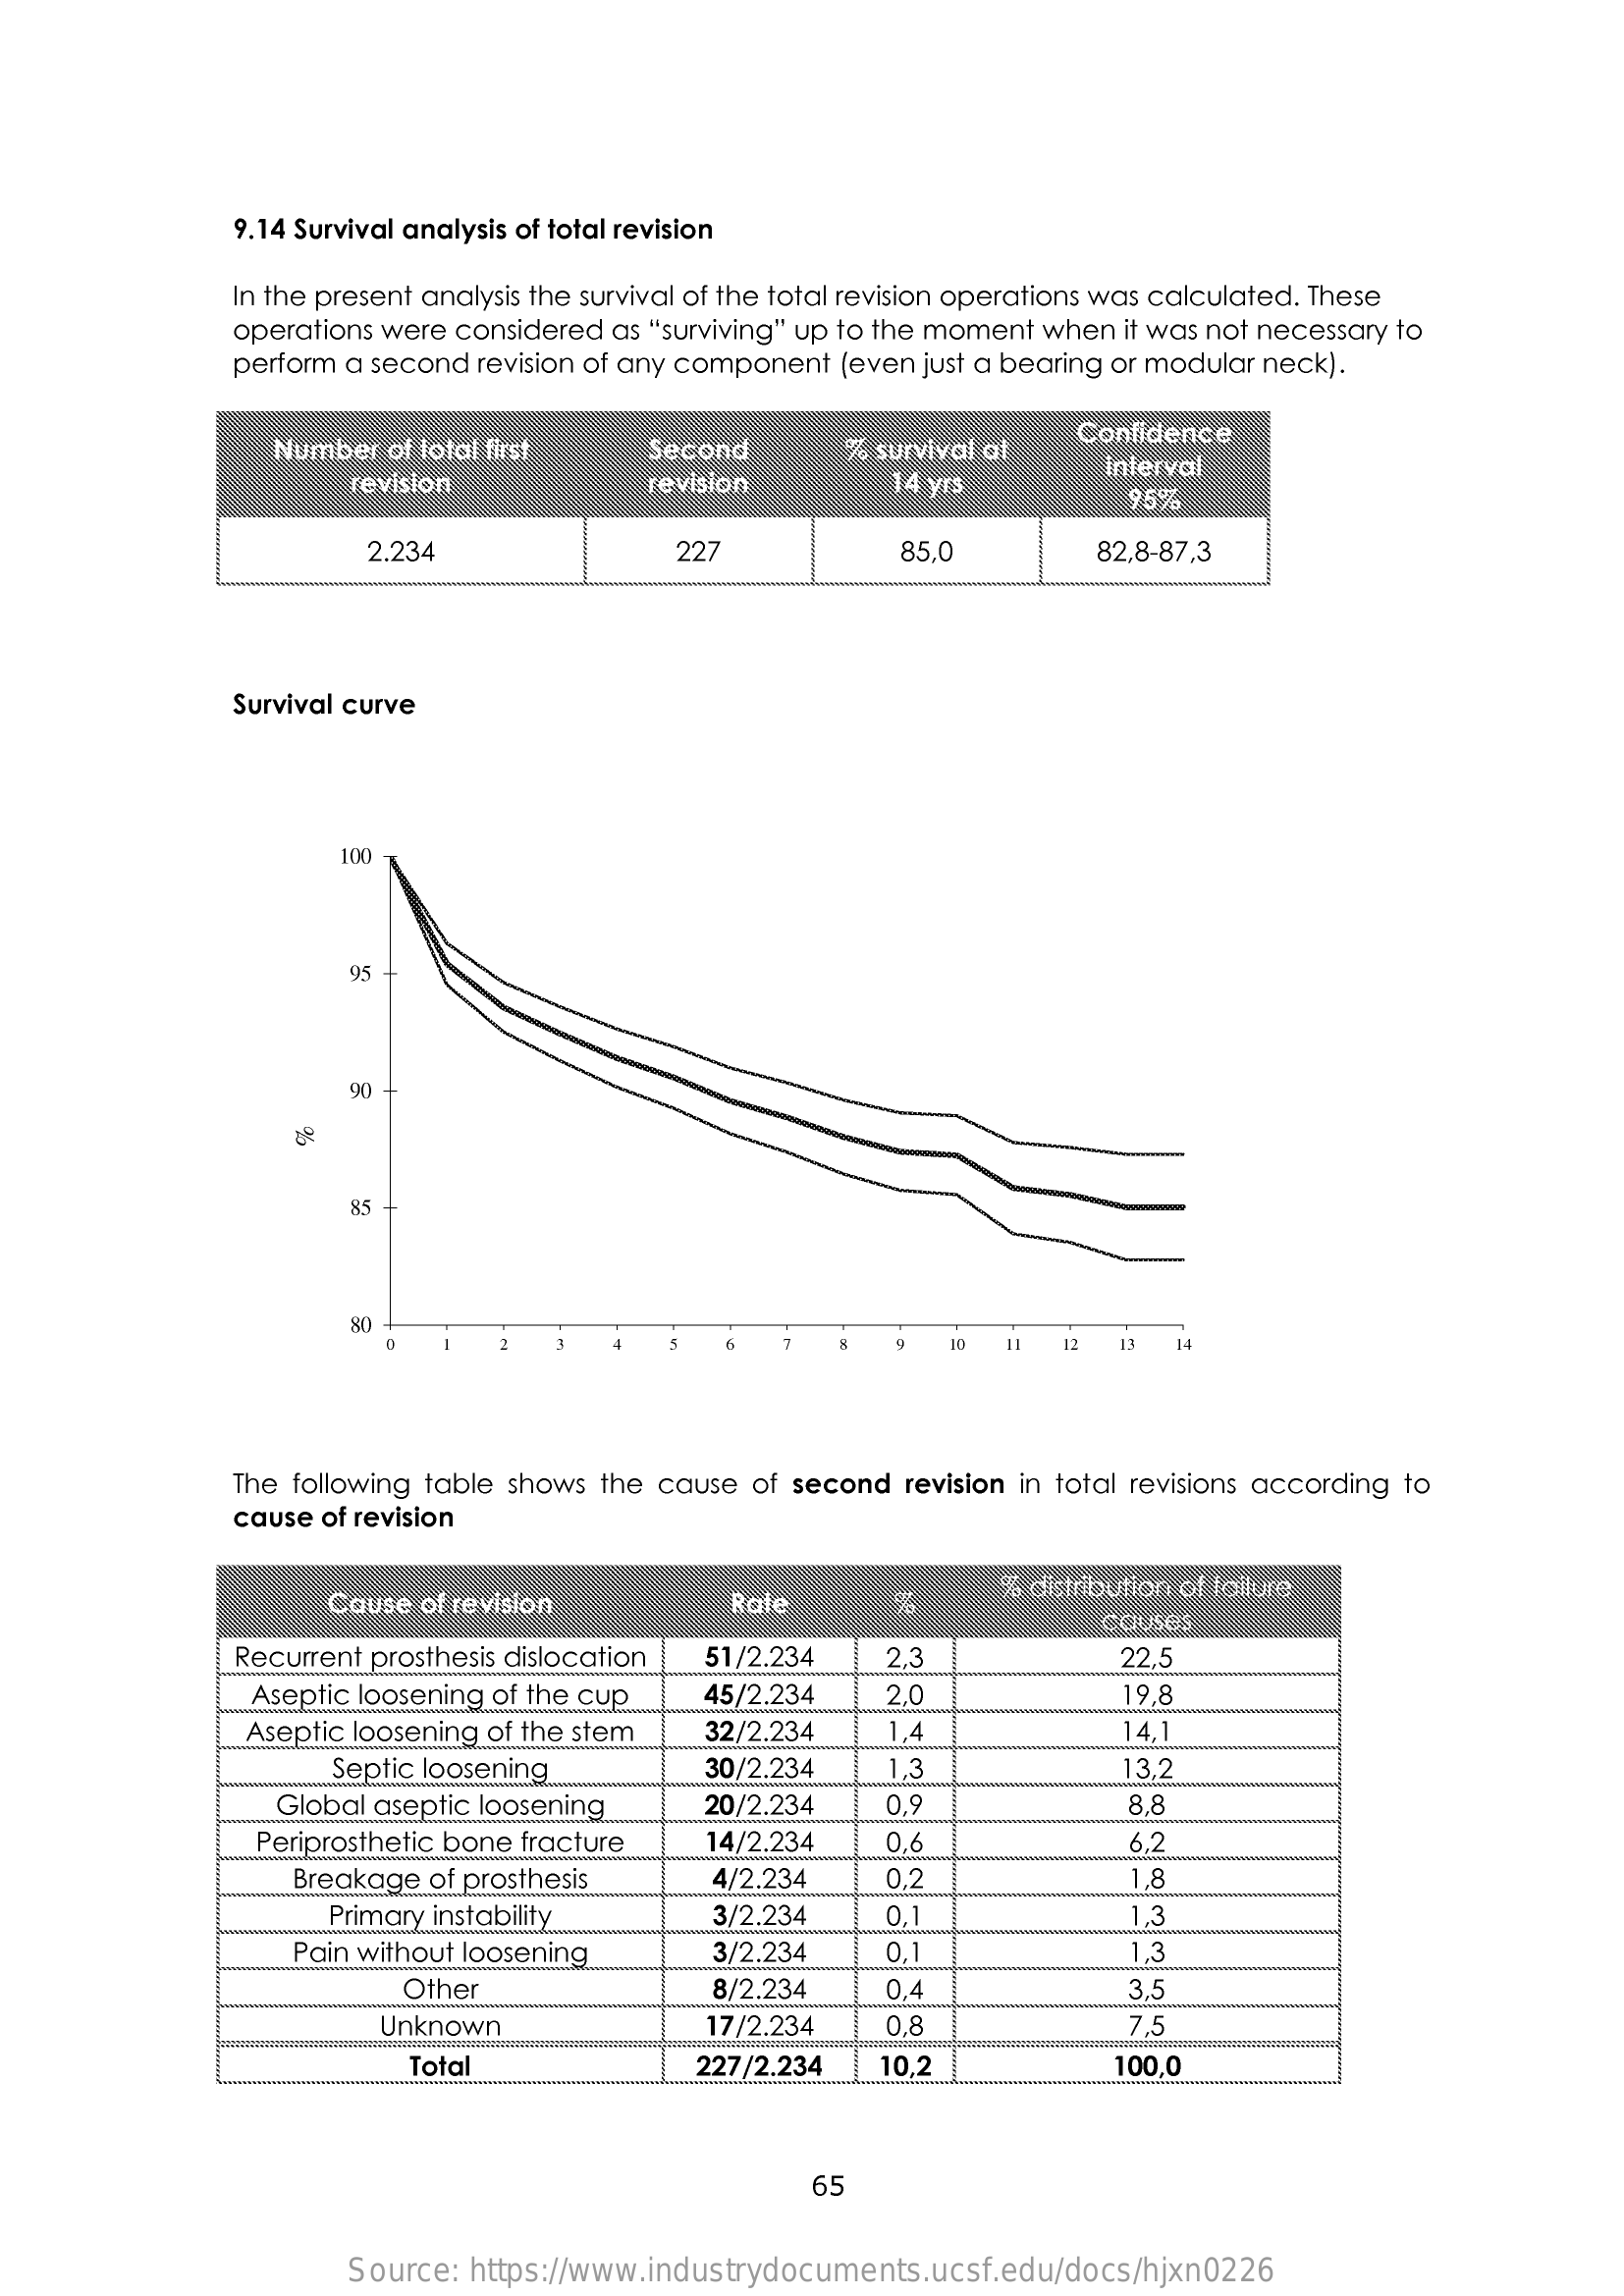
9.14 Survival analysis of total revision
     In the present analysis the survival of the total revision operations was calculated. These
     operations were considered as "surviving" up to the moment when it was not necessary to
     perform a second revision of any component (even just a bearing or modular neck).
     Number of total first    Second    % survival at  Confidence
     revision    revision    14 yrs
     interval
     95%
     2.234    22    85,0    82,8-87,3
     Survival curve
     100
     95
     90
     85
     80
     2    5   6    10  11  12
     The following table shows the cause of second revision in total revisions according to
     cause of revision
     Cause of revision    Rale
     % distribution of toiture
     causes
     Recurrent prosthesis dislocation 51/2.234  2,3    22,5
     Aseptic loosening of the cup   45/2.234    2.0    19,8
     Aseptic loosening of the stem  32/2.234    1.4    14,1
     Septic loosening    30/2.234    1.3    13,2
     Global aseptic loosening    20/2.234    0,9    8,8
     Periprosthetic bone fracture  14/2.234    0,
     Breakage of prosthesis    4/2.234    0,2    1,8
     Primary instability    3/2.234    0,    1,3
     Pain without loosening    3/2.234    0,    1,3
     Other    8/2.234    0,4    3,5
     Unknown    17/2.234    0,8    7,5
     Total    227/2.234   10,2    100.0
     65
     Source:  https://www.industrydocuments.ucsf.edu/docs/hjxn0226